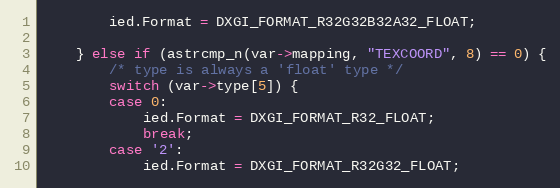
Language: C++
		ied.Format = DXGI_FORMAT_R32G32B32A32_FLOAT;

	} else if (astrcmp_n(var->mapping, "TEXCOORD", 8) == 0) {
		/* type is always a 'float' type */
		switch (var->type[5]) {
		case 0:
			ied.Format = DXGI_FORMAT_R32_FLOAT;
			break;
		case '2':
			ied.Format = DXGI_FORMAT_R32G32_FLOAT;